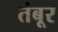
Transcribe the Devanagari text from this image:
तंबूर